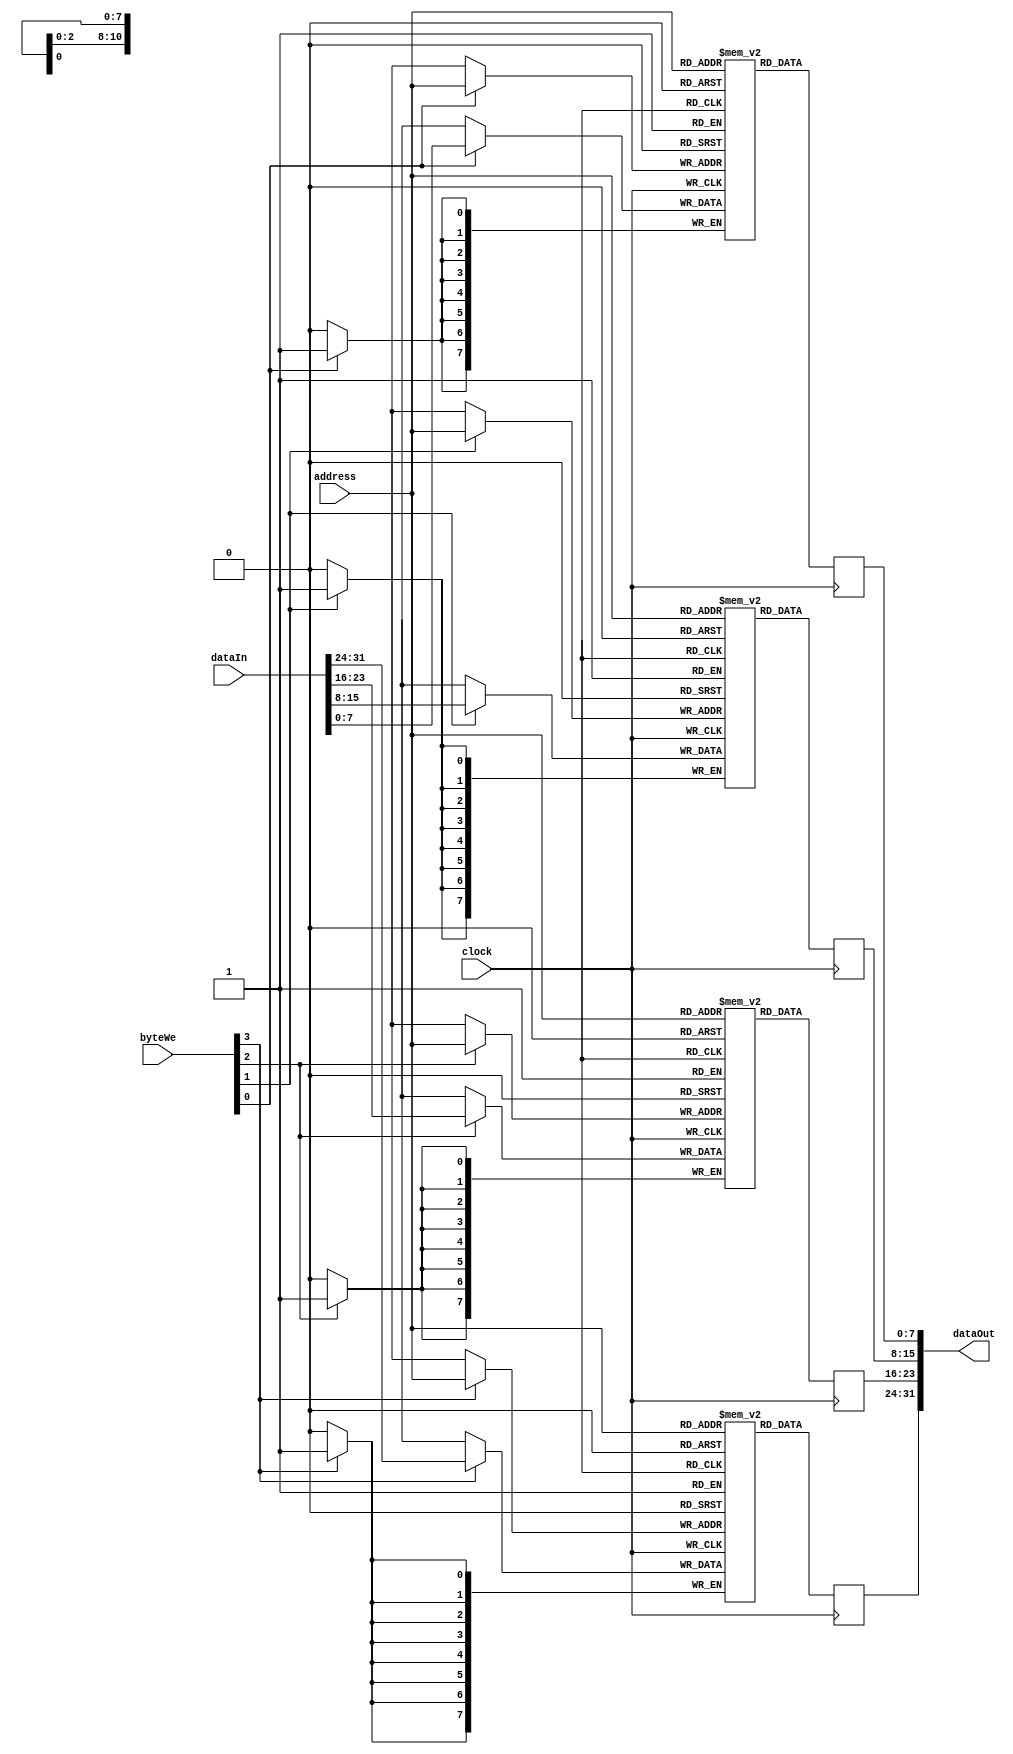
module dCacheSpm ( input wire        clock,
                   input wire [3:0]  byteWe,
                   input wire [10:0]  address,
                   input wire [31:0] dataIn,
                   output reg [31:0] dataOut );

reg [7:0] byteRam0 [0:2047];
reg [7:0] byteRam1 [0:2047];
reg [7:0] byteRam2 [0:2047];
reg [7:0] byteRam3 [0:2047];

  always @(posedge clock)
    begin
      if (byteWe[0] == 1'b1) byteRam0[address] <= dataIn[7:0];
      dataOut[7:0] <= byteRam0[address];
    end

  always @(posedge clock)
    begin
      if (byteWe[1] == 1'b1) byteRam1[address] <= dataIn[15:8];
      dataOut[15:8] <= byteRam1[address];
    end

  always @(posedge clock)
    begin
      if (byteWe[2] == 1'b1) byteRam2[address] <= dataIn[23:16];
      dataOut[23:16] <= byteRam2[address];
    end

  always @(posedge clock)
    begin
      if (byteWe[3] == 1'b1) byteRam3[address] <= dataIn[31:24];
      dataOut[31:24] <= byteRam3[address];
    end
endmodule